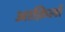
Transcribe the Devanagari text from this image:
आक़िलों